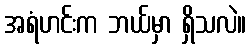
အရံဟင်းက ဘယ်မှာ ရှိသလဲ။